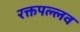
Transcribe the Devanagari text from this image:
रक्तपल्लव